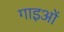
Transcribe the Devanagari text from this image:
गाइओं